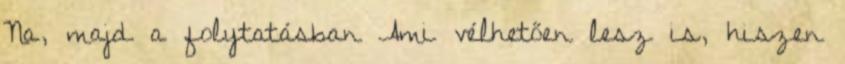
Na, majd a folytatásban Ami vélhetően lesz is, hiszen